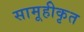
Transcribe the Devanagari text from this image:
सामूहीकृत